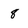
Character: 8